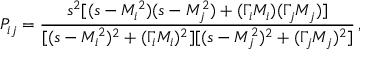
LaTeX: P _ { i j } = { \frac { s ^ { 2 } [ ( s - M _ { i } ^ { 2 } ) ( s - M _ { j } ^ { 2 } ) + ( \Gamma _ { i } M _ { i } ) ( \Gamma _ { j } M _ { j } ) ] } { [ ( s - M _ { i } ^ { 2 } ) ^ { 2 } + ( \Gamma _ { i } M _ { i } ) ^ { 2 } ] [ ( s - M _ { j } ^ { 2 } ) ^ { 2 } + ( \Gamma _ { j } M _ { j } ) ^ { 2 } ] } } \, ,